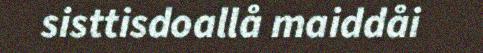
sisttisdoallå maiddåi